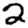
Digit: 2